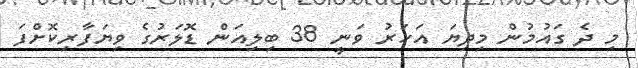
މި ދެ ގައުުމުން މިދިޔަ އަހަރު ވަނީ 38 ބިލިއަން ޑޮލަރުގެ ވިޔަފާރިކޮށްފަ